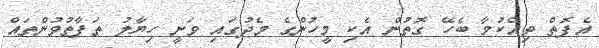
އެފޮތް ވިއްކުމާ ބެހޭ ގޮތުން އެކި މީހުންގެ މެދުގައި ވަނީ ހިޔާލު ތަފާތުވުންތައް